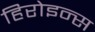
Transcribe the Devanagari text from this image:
हिरोइन्स